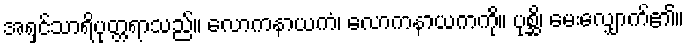
အရှင်သာရိပုတ္တရာသည်။ လောကနာယကံ၊ လောကနာယကကို။ ပုစ္ဆိ၊ မေးလျှောက်၏။